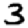
Digit: 3